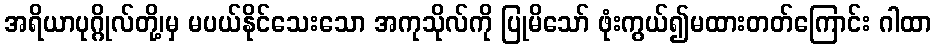
အရိယာပုဂ္ဂိုလ်တို့၊မှ မပယ်နိုင်သေးသော အကုသိုလ်ကို ပြုမိသော် ဖုံးကွယ်၍မထားတတ်ကြောင်း ဂါထာ